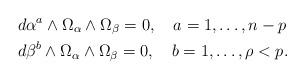
LaTeX: \begin{align*}&d\alpha^a\wedge\Omega_\alpha\wedge\Omega_\beta=0, \ \ \ a=1,\ldots, n-p\\&d\beta^b \wedge\Omega_\alpha\wedge\Omega_\beta=0, \ \ \ b =1,\ldots, \rho< p.\end{align*}